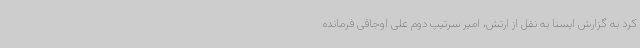
کرد به گزارش ایسنا به نقل از ارتش، امیر سرتیپ دوم علی اوجاقی فرمانده